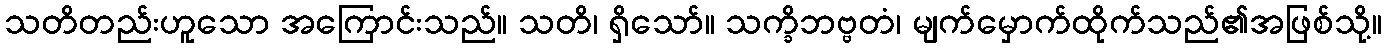
သတိတည်းဟူသော အကြောင်းသည်။ သတိ၊ ရှိသော်။ သက္ခိဘဗ္ဗတံ၊ မျက်မှောက်ထိုက်သည်၏အဖြစ်သို့။